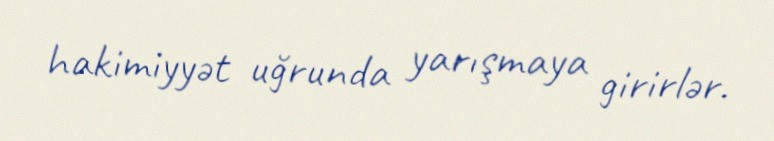
hakimiyyət uğrunda yarışmaya girirlər.